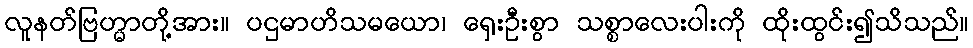
လူနတ်ဗြဟ္မာတို့အား။ ပဌမာဟိသမယော၊ ရှေးဦးစွာ သစ္စာလေးပါးကို ထိုးထွင်း၍သိသည်။